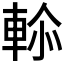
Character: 𮝑